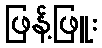
ဖြန့်ဖြူး